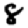
Digit: 8